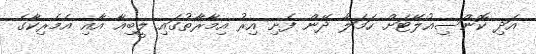
އަދި ކޮންސިއުލޭޓަށް ހަމަލާ ދޭން ފެށި އިރު އިމާރާތުގައި ލީބިއާ އާއި އެމެރިކާގެ